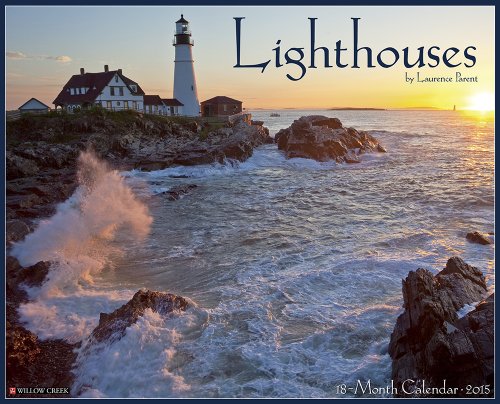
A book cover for Lighthouses 2015 Wall Calendar; Willow Creek Press; Calendars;